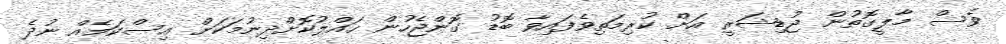
ވެސް މާލީގޮތުން ޖުޑިޝަރީ އަށް ކުރިމަތިވެފައިވާ ބޮޑު ގޮންޖެހުން ހައްލުކޮށްދިނުމަކަށް އިސްކަމެއް ނުދެ